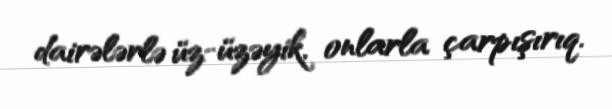
dairələrlə üz-üzəyik, onlarla çarpışırıq.